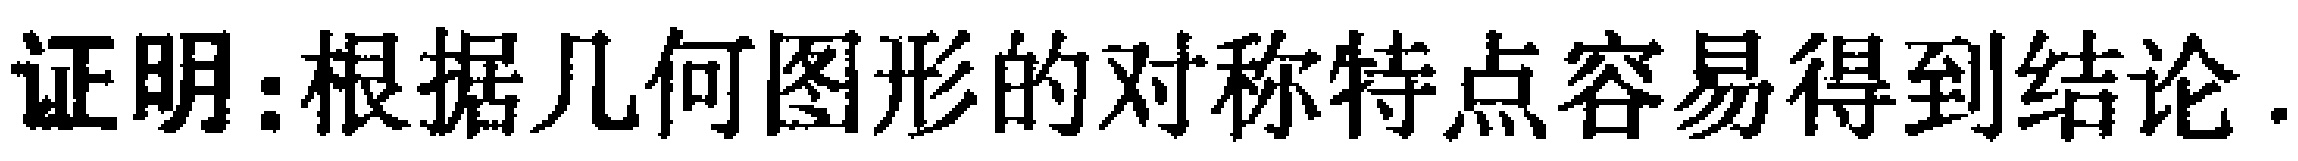
证明：根据几何图形的对称特点容易得到结论.